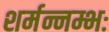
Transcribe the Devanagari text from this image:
शर्मन्नम्भः